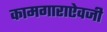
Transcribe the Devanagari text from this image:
कामगाराऐवजी